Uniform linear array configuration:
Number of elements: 24
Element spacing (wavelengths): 1
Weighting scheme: cosine
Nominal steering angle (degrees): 30
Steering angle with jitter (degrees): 29.647
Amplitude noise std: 0.05
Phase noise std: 0.05

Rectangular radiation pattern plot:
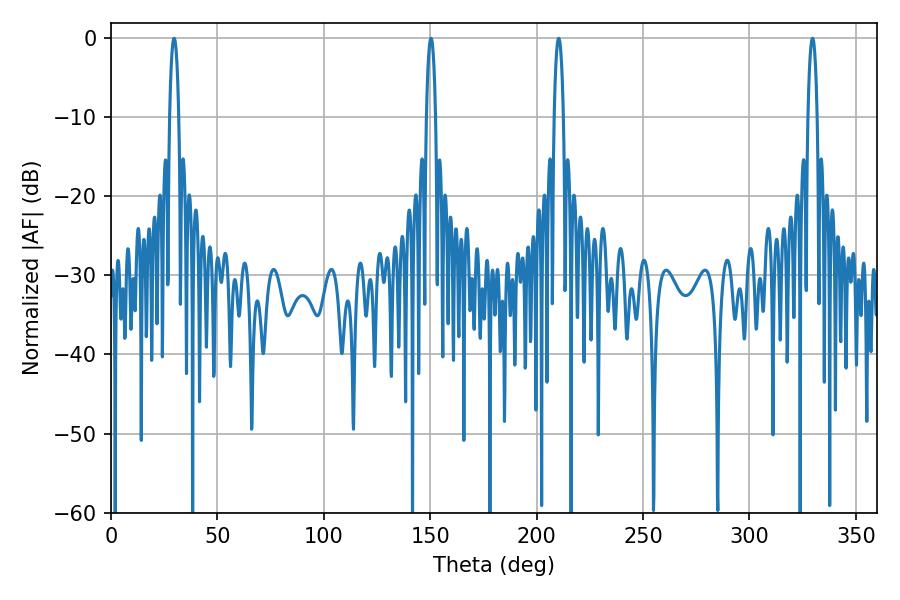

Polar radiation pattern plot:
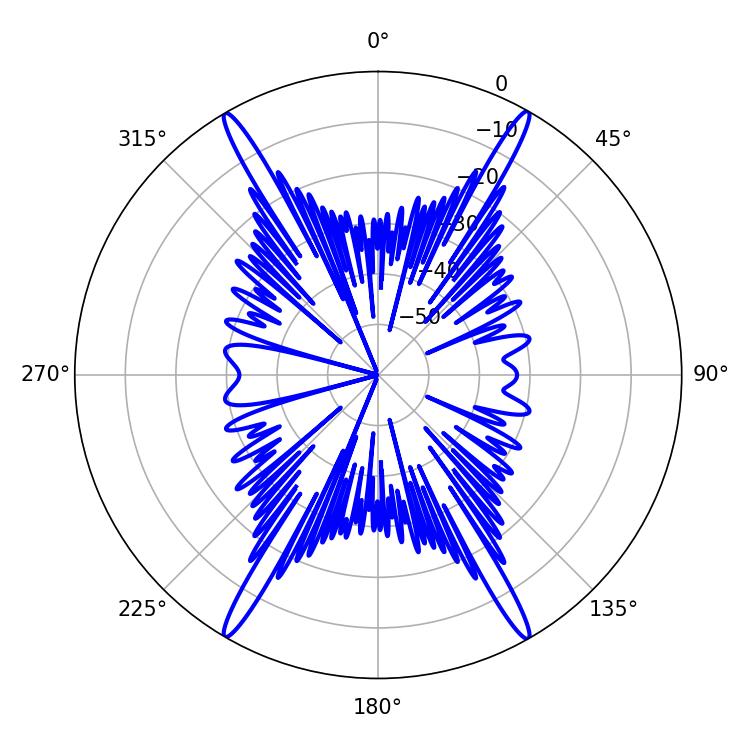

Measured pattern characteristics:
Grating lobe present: TRUE
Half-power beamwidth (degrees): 2.34
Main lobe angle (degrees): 150.3